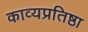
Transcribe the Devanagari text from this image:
काव्यप्रतिष्ठा